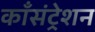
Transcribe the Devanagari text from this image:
काँसंट्रेशन